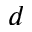
d